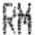
RM